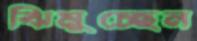
ঝিমুচ্ছেন